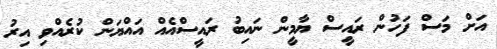
އަށް މަސް ފަހުން ރައީސް ޔާމީން ނައިބު ރައީސްއެއް އައްޔަން ކުރެއްވި އިރު